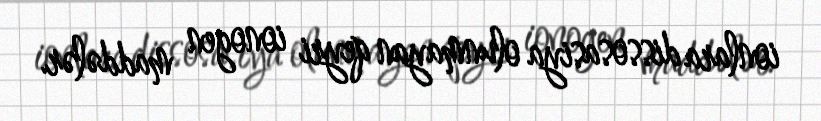
ionlara dissosasiya olunmayan qeyri ionogen maddələr.